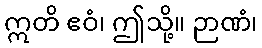
ဣတိ ဧဝံ၊ ဤသို့။ ဉာဏံ၊